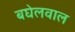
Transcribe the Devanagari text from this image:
बघेलवाल